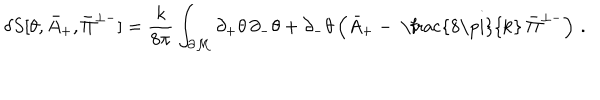
\delta S [ \theta , \bar { A } _ { + } , \bar { \Pi } ^ { \perp - } ] = \frac { k } { 8 \pi } \int _ { \partial \cal M } \partial _ { + } \theta \, \partial _ { - } \theta + \partial _ { - } \theta \left( \bar { A } _ { + } - \mathrm { ~ \frac { 8 \ p i } { k } ~ } \bar { \Pi } ^ { \perp - } \right) \, .